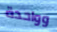
وواحدة